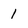
Character: 1